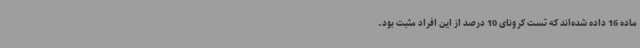
ماده 16 داده شده‌اند که تست کرونای 10 درصد از این افراد مثبت بود.